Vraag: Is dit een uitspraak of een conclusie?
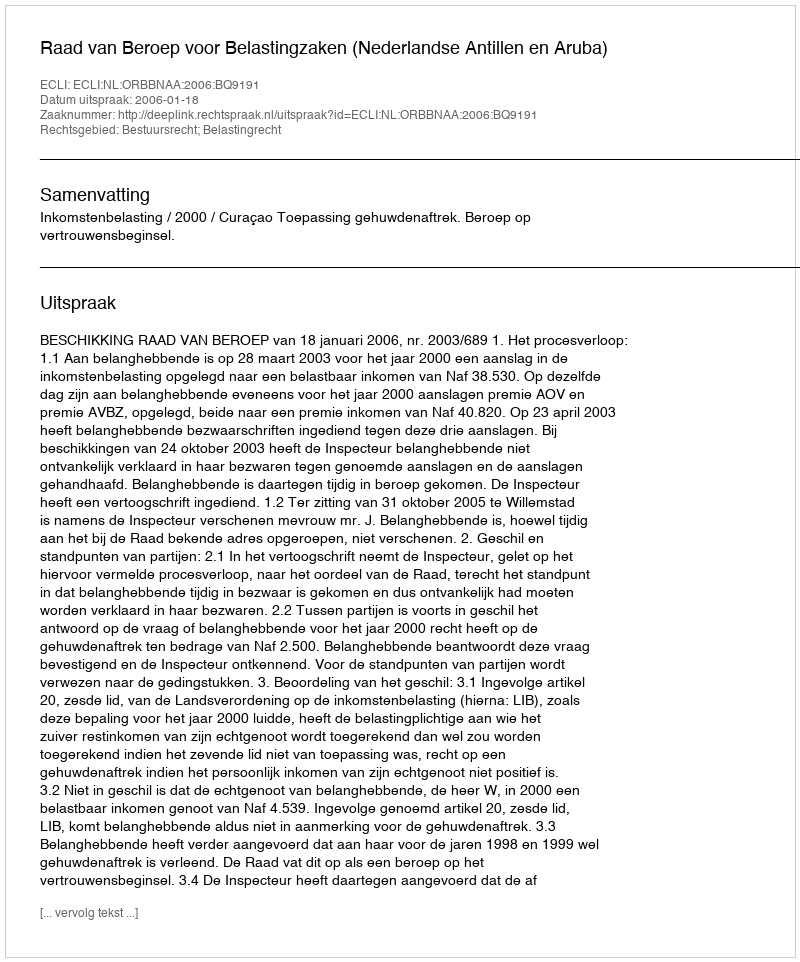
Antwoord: Uitspraak